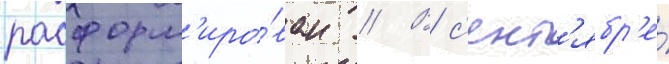
расформ'иро́ван // В с'ент'ябр'е́